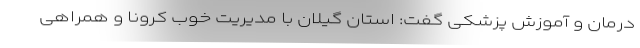
درمان و آموزش پزشکی گفت: استان گیلان با مدیریت خوب کرونا و همراهی